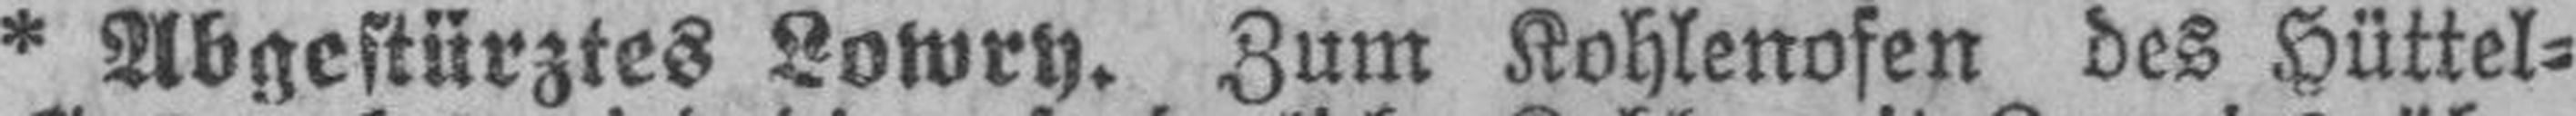
* Abgestürztes Lowry. Zum Kohlenofen des Hüttel¬